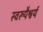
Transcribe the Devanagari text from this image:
स्वरूपैश्वर्य